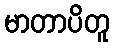
မာတာပိတူ